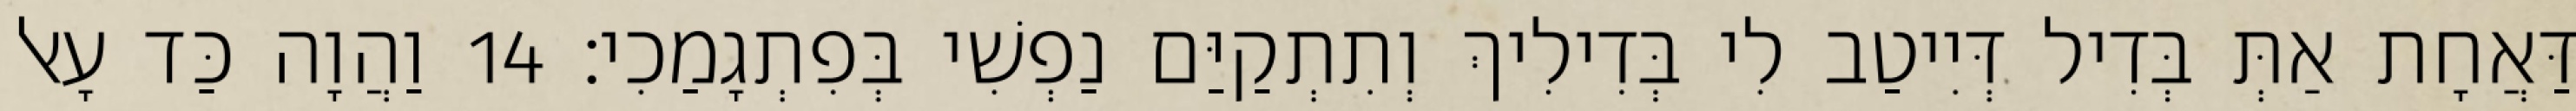
דַּאֲחָת אַתְּ בְּדִיל דְּיִיטַב לִי בְּדִילִיךְ וְתִתְקַיַּם נַפְשִׁי בְּפִתְגָמַכִי׃ 14 וַהֲוָה כַּד עָאל